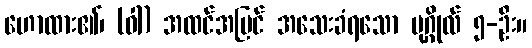
ဟောထား၏၊ (ဝါ) အထင်အမြင် အသေးခံရသော ပုဂ္ဂိုလ် ၅-ဦး။